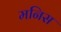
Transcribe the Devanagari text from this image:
मनिस